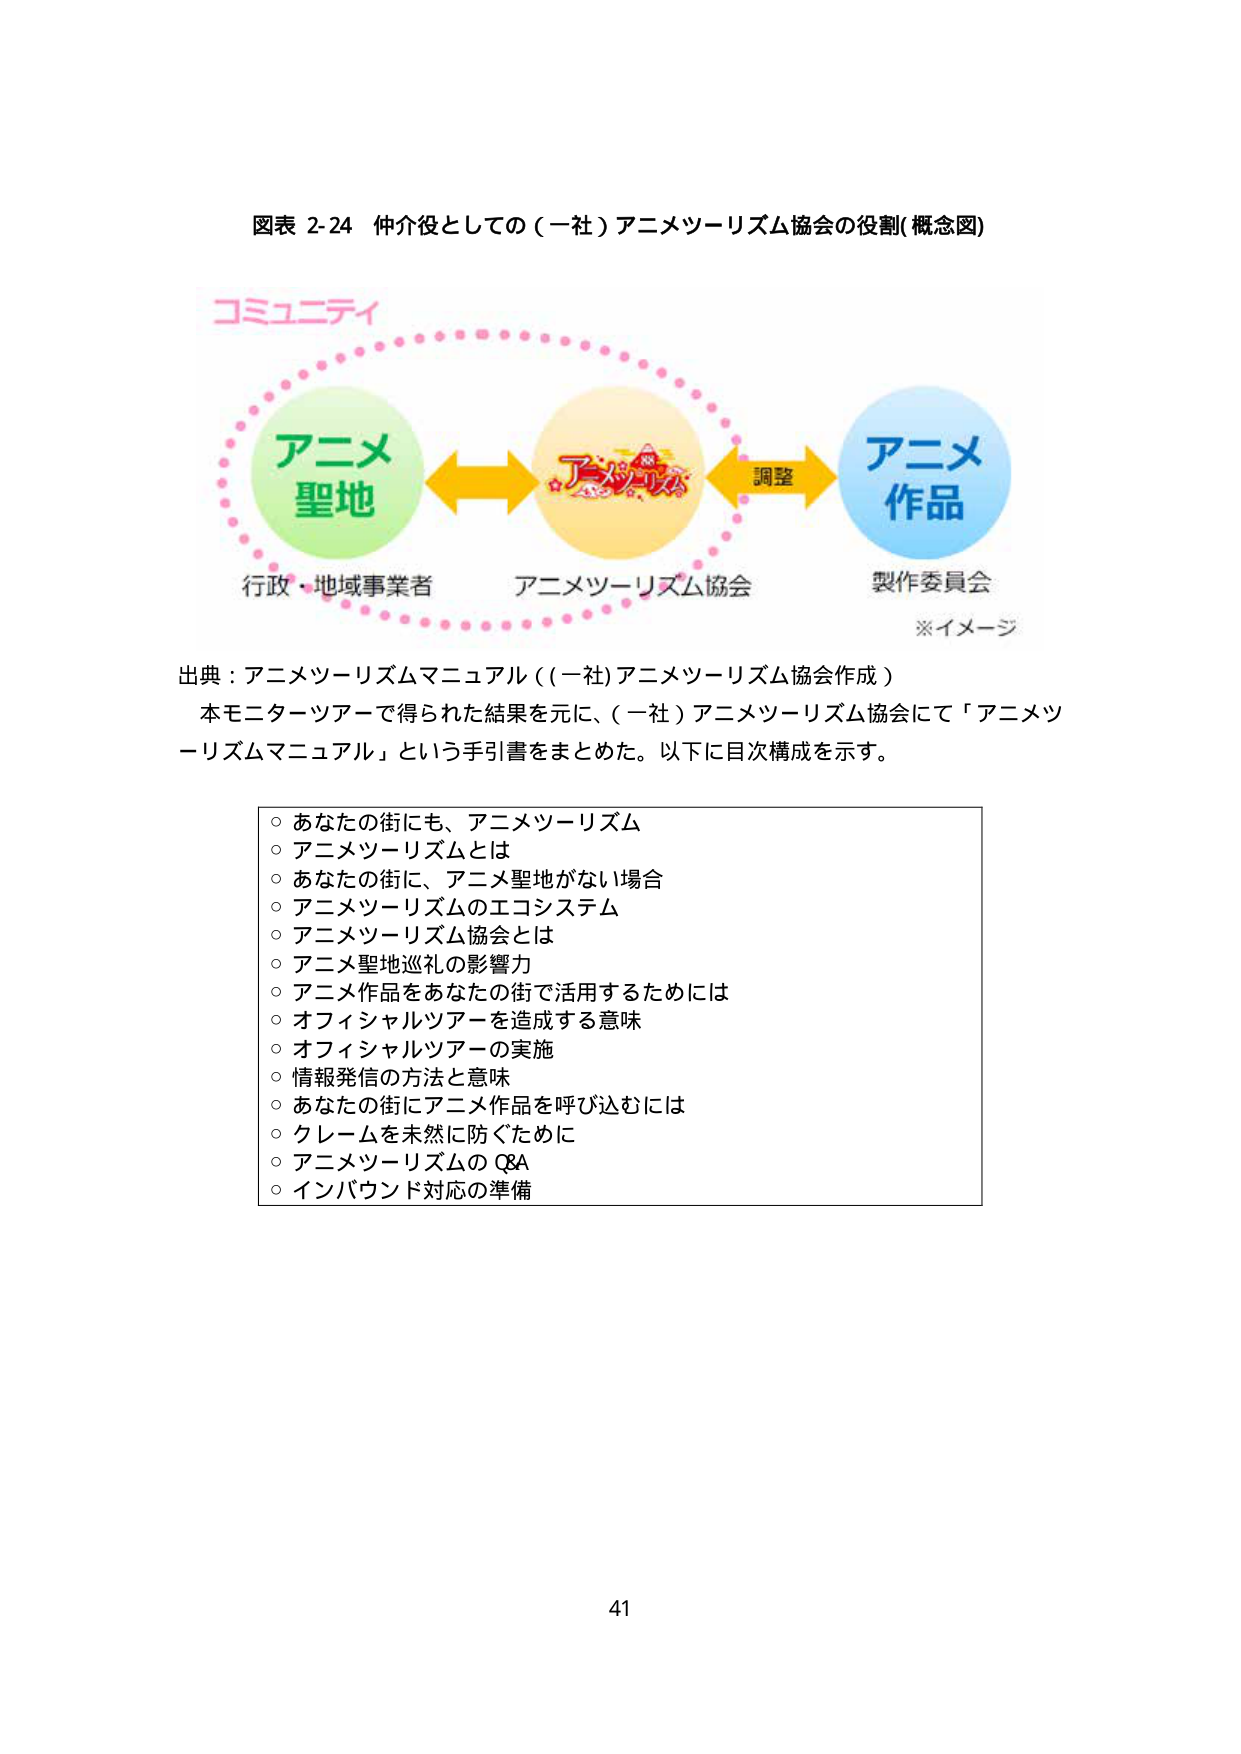
図表 2-24 仲介役としての（一社）アニメツーリズム協会の役割(概念図)

コミュニティ

アニメ
聖地

アニメ
作品

行政・地域事業者
アニメツーリズム協会
製作委員会

調整

※イメージ

出典：アニメツーリズムマニュアル（（一社）アニメツーリズム協会作成）

本モニターツアーで得られた結果を元に、（一社）アニメツーリズム協会にて「アニメツーリズムマニュアル」という手引書をまとめた。以下に目次構成を示す。

○ あなたの街にも、アニメツーリズム
○ アニメツーリズムとは
○ あなたの街に、アニメ聖地がない場合
○ アニメツーリズムのエコシステム
○ アニメツーリズム協会とは
○ アニメ聖地巡礼の影響力
○ アニメ作品をあなたの街で活用するためには
○ オフィシャルツアーを造成する意味
○ オフィシャルツアーの実施
○ 情報発信の方法と意味
○ あなたの街にアニメ作品を呼び込むには
○ クレームを未然に防ぐために
○ アニメツーリズムの Q&A
○ インバウンド対応の準備

41